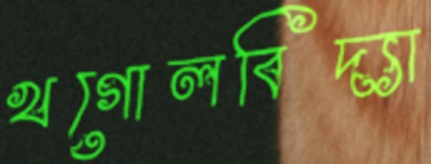
খগোলবিদ্যা